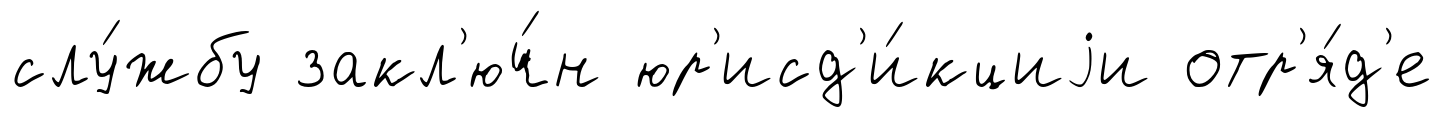
слу́жбу закл'юч́н юр'исд'и́кциjи отр'я́д'е